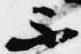
不